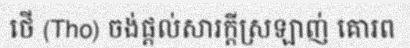
ថើ (Tho) ចង់ផ្តល់សារក្តីស្រឡាញ់ គោរព